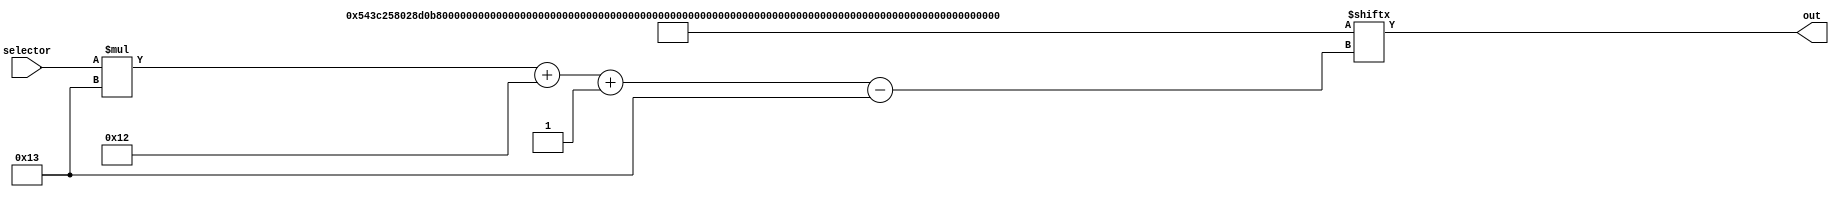
/*
   This file was generated automatically by Alchitry Labs version 1.2.7.
   Do not edit this file directly. Instead edit the original Lucid source.
   This is a temporary file and any changes made to it will be destroyed.
*/

module rom2_9 (
    input [4:0] selector,
    output reg [18:0] out
  );
  
  
  
  localparam INPUTS = 437'h000543c258028d0b7a0059143dba02ddd00011000000000600009000000002400008000c000080002a00018001000008dca4b532d80080;
  
  always @* begin
    out = INPUTS[(selector)*19+18-:19];
  end
endmodule